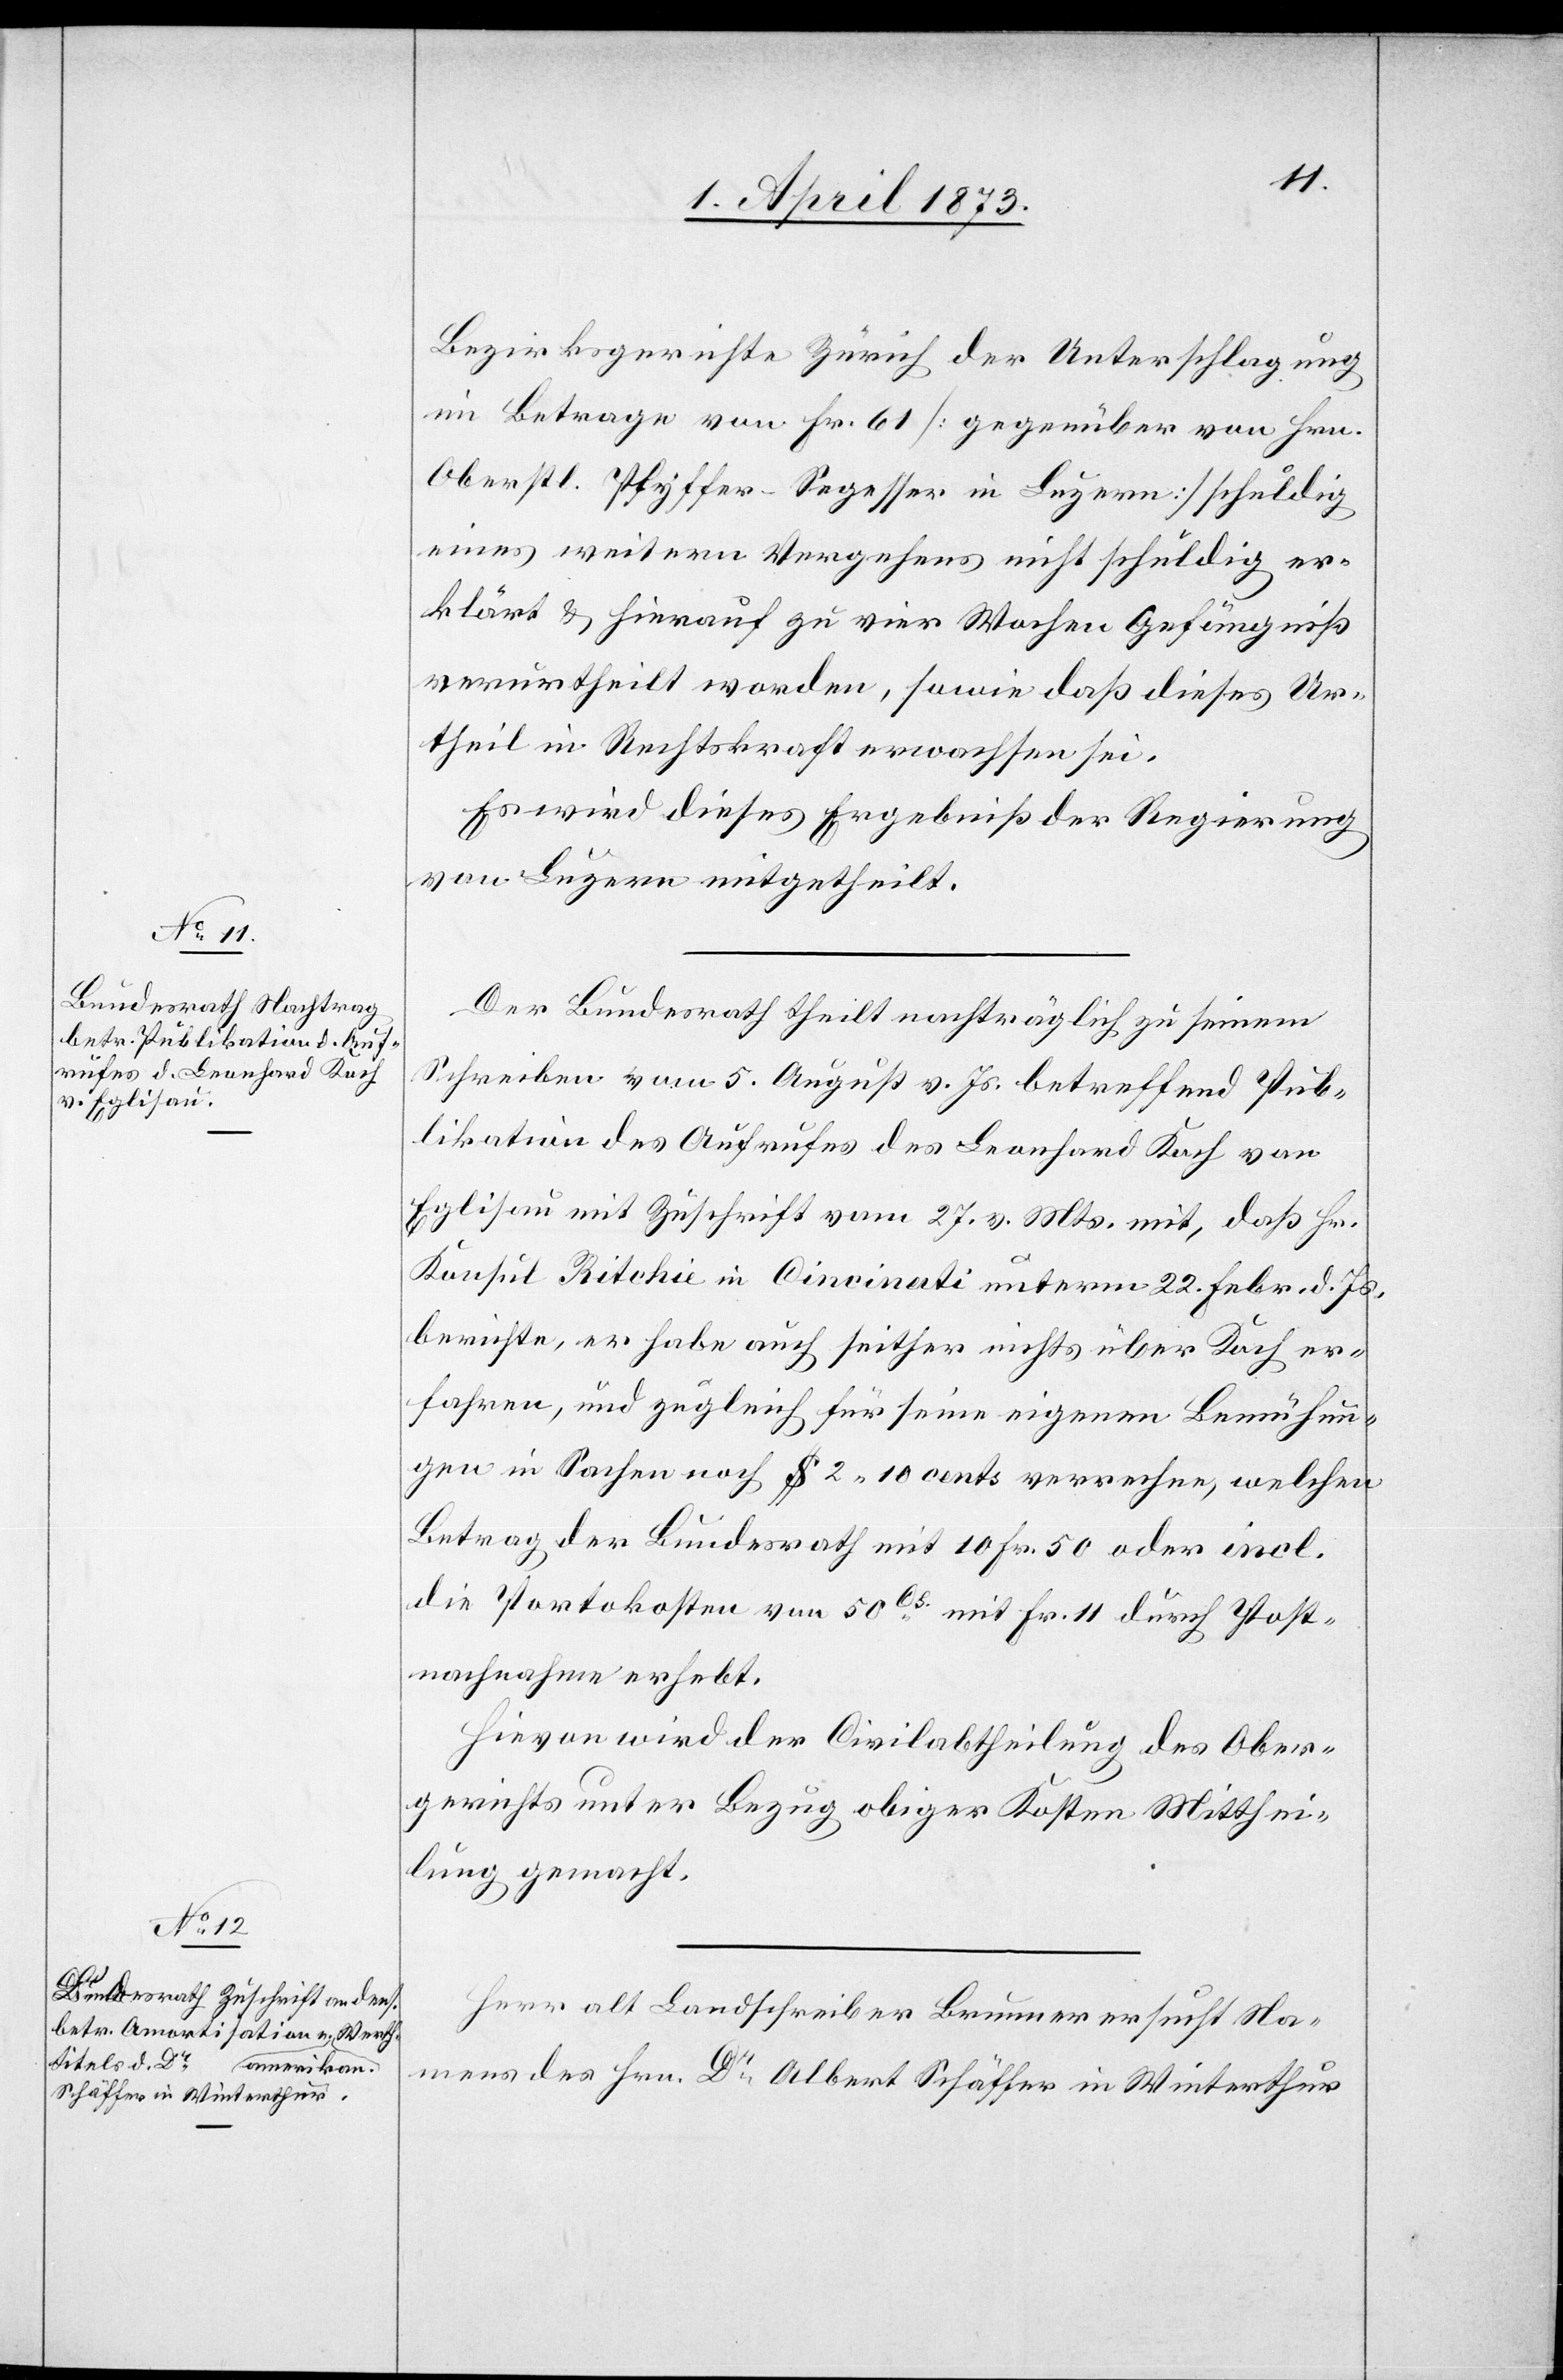
1. April 1873.]
Bezirksgerichte Zürich der Unterschlagung
im Betrage von Fr. 61 [gegenüber von Hrn.
Oberstl. Pfyffer-Segesser in Luzern] schuldig
eines weitern Vergehens nicht schuldig er¬
klärt u. hierauf zu vier Wochen Gefängniß
verurtheilt worden, sowie daß dieses Ur¬
theil in Rechtskraft erwachsen sei.
Es wird dieses Ergebniß der Regierung
von Luzern mitgetheilt.
Der Bundesrath theilt nachträglich zu seinem
Schreiben vom 5. August v. Js. betreffend Pub¬
likation des Aufrufes des Leonhard Koch von
Eglisau mit Zuschrift vom 27. v. Mts. mit, daß Hr.
Konsul Ritchie in Cincin[n]ati unterm 22. Febr. d. Js.
berichte, er habe auch seither nichts über Koch er¬
fahren, und zugleich für seine eigenen Bemühun¬
gen in Sachen nach $ 2. 10 cents verrechne, welchen
Betrag der Bundesrath mit 10 Fr. 50 oder incl.
die Portokosten von 50Cs mit Fr. 11 durch Post¬
nachnahme erhebt.
Hievon wird der Civilabtheilung des Ober¬
gerichts unter Bezug obiger Kosten Mitthei¬
lung gemacht.
Herr alt Landschreiber Brunner ersucht Na¬
mens des Hrn. Dr Albert Schäffer in Winterthur